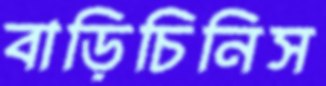
বাড়িচিনিস